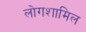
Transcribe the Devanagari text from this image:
लोगशामिल